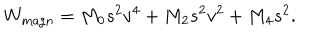
LaTeX: W _ { \mathrm { m a g n } } = M _ { 0 } s ^ { 2 } v ^ { 4 } + M _ { 2 } s ^ { 2 } v ^ { 2 } + M _ { 4 } s ^ { 2 } .